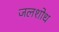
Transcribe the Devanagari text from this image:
जलशोध